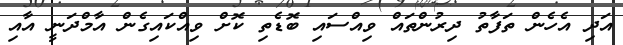
އަދި އެހެން ތަފާތު ދިރުންތައް ވިއްސައި ބޮޑެތި ކޮށް ވިއްކައިގެން އާމްދަނީ އާއި